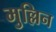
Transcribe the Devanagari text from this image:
मुल्लिन